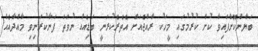
ބަޔާންކޮށްފައިވާ ކުށް ކުރުމުގައި މީހަކު ރާއްޖެއަށް އެތެރެކުރަނީ ބަޑިއެއް ނުވަތަ ފަނާކުރަނިވި މާއްދާއެއް